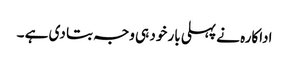
اداکارہ نے پہلی بار خود ہی وجہ بتا دی ہے ۔